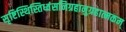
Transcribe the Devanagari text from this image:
सृष्टिस्थिस्तिध्वंसनिग्रहानुग्रहात्मकम्